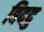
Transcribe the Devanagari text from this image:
बिददु